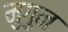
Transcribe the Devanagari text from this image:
मुगुन